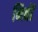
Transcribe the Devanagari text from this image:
निबों